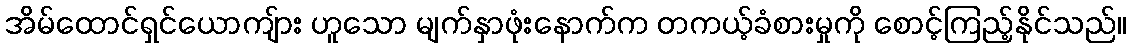
အိမ်ထောင်ရှင်ယောကျ်ား ဟူသော မျက်နှာဖုံးနောက်က တကယ့်ခံစားမှုကို စောင့်ကြည့်နိုင်သည်။